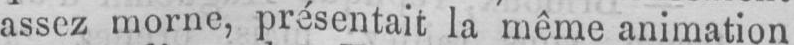
assez morne, présentait la même animation